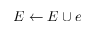
E \leftarrow E \cup e